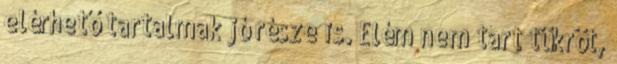
elérhető tartalmak jó része is. Elém nem tart tükröt,